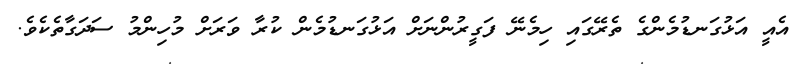
އެއީ އަޅުގަނޑުމެންގެ ތެރޭގައި ހިމެނޭ ފަގީރުންނަށް އަޅުގަނޑުމެން ކުރާ ވަރަށް މުހިންމު ސަދަގާތެކެވެ.